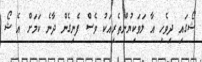
ޝޯގައި ދިވެހި އާ ލަވަކިޔުންތެރިއަކު ވެސް ފެނިގެން ދާނެ ކަމަށް އެ ޝޯ